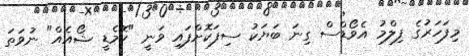
މިފަހަރުގެ ފިލްމު އެވޯޑްސް ގިނަ ބަޔަކު ސިފަކޮށްފައި ވަނީ "ކޮމެޑީ ޝޯއެއް" ނުވަތަ